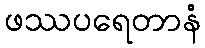
ဖဿပရေတာနံ